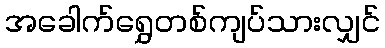
အခေါက်ရွှေတစ်ကျပ်သားလျှင်